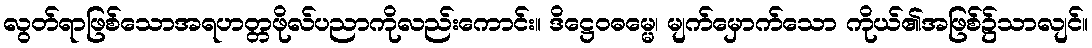
လွတ်ရာဖြစ်သောအရဟတ္တဖိုလ်ပညာကိုလည်းကောင်း။ ဒိဋ္ဌေဝဓမ္မေ၊ မျက်မှောက်သော ကိုယ်၏အဖြစ်၌သာလျင်။